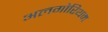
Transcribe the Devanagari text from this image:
अलगोरिथम